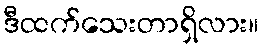
ဒီထက်သေးတာရှိလား။